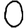
Digit: 0